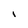
Character: i